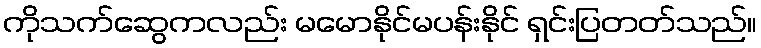
ကိုသက်ဆွေကလည်း မမောနိုင်မပန်းနိုင် ရှင်းပြတတ်သည်။